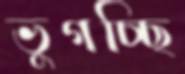
ভুগচ্ছি